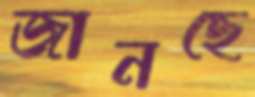
জানছে